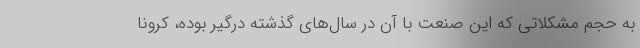
به حجم مشکلاتی که این صنعت با آن در سال‌های گذشته درگیر بوده، کرونا